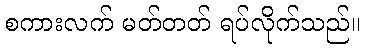
စကားလက် မတ်တတ် ရပ်လိုက်သည်။